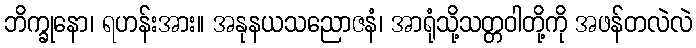
ဘိက္ခုနော၊ ရဟန်းအား။ အနုနယသညောဇနံ၊ အာရုံသို့သတ္တဝါတို့ကို အဖန်တလဲလဲ